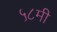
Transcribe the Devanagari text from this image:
५८मी